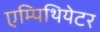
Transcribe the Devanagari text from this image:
एम्पिथियेटर